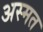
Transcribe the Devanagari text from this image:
अस्मत